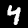
Digit: 4